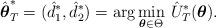
LaTeX: \begin{align*} \hat{\boldsymbol{\theta}}^{*}_{T}= (\hat{d}^{*}_{1}, \hat{d}^{*}_{2})= \mbox{arg} \min_{\boldsymbol{\theta} \in \Theta} \, \hat{U}_{T}^{*}(\boldsymbol{\theta}).\end{align*}